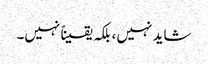
شاید نہیں ، بلکہ یقیناً نہیں۔